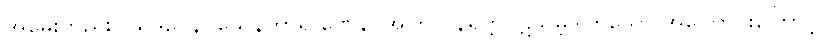
အမေးတည်း။ ယဒဂ္ဂေန၊ ယေနကာရ ဏေန၊ အကြင် နိရုတ္တိပဋိသမ္ဘိဒါဟူသော အကြောင်းကြောင့်။